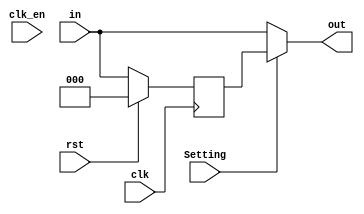
module pipe (
    in,out,clk,clk_en,rst,Setting
);
    parameter width = 3; //Default
    parameter rst_mode = "SYNC"; //SYNC OR ASYNC
    input rst,clk,clk_en;
    input [width-1:0] in;
    output  [width-1:0] out;
    input Setting;
    reg [width-1:0] in_reg;
    
    assign out = (Setting)? in_reg: in;

    generate
        case (rst_mode)
            "ASYNC": always @(posedge clk or posedge rst) begin
                if(rst)
                    in_reg <=0;
                else in_reg<=in;
            end 
            "SYNC": always @(posedge clk) begin
                if(rst)
                    in_reg<=0;
                else in_reg<=in;
            end 
        endcase
        endgenerate
    
  
  
  
  
  
  endmodule